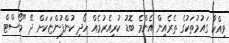
ވިއްކާ ގައުމުތަކުގެ ތެރެއިން އެންމެ ބޮޑު ކުރިއެރުމެއް ހޯދި ކުންފުންޏަކަށް ދޭ "މޯސްޓް